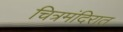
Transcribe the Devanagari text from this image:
चित्रमंदिरात